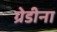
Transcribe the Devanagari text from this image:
ग्रेडीना